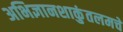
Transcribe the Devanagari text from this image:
अभिज्ञानशाकुंतलमचे